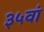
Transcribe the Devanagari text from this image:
३५वां